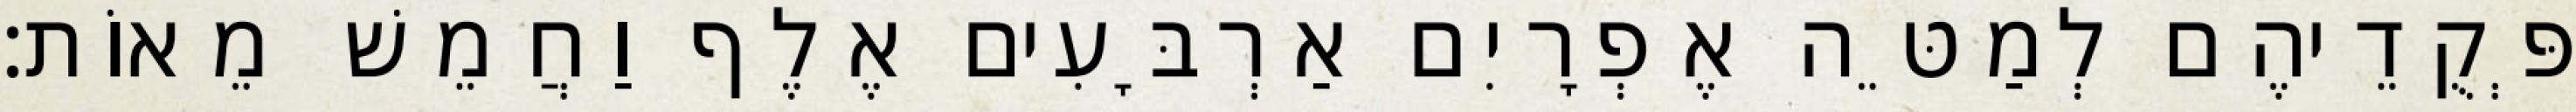
פְּקֻדֵיהֶם לְמַטֵּה אֶפְרָיִם אַרְבָּעִים אֶלֶף וַחֲמֵשׁ מֵאוֹת׃